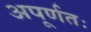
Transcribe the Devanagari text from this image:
अपूर्णतः